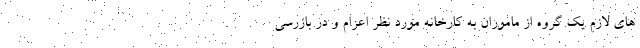
های لازم یک گروه از ماموران به کارخانه مورد نظر اعزام و در بازرسی